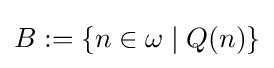
B:=\{n\in \omega \mid Q(n)\}